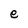
Character: e